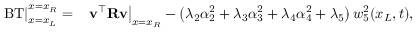
\begin{array} { r l } { \left. \operatorname { B T } \right| _ { x = x _ { L } } ^ { x = x _ { R } } = } & { \left. \mathbf { v } ^ { \top } \mathbf { R } \mathbf { v } \right| _ { x = x _ { R } } - \left( \lambda _ { 2 } \alpha _ { 2 } ^ { 2 } + \lambda _ { 3 } \alpha _ { 3 } ^ { 2 } + \lambda _ { 4 } \alpha _ { 4 } ^ { 2 } + \lambda _ { 5 } \right) w _ { 5 } ^ { 2 } ( x _ { L } , t ) , } \end{array}